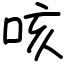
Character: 咳